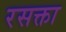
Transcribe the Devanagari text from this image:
रसक्ता